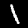
Label: 1